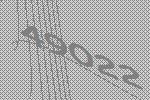
49022